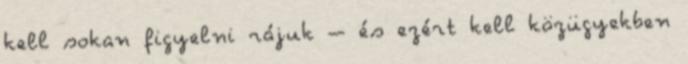
kell sokan figyelni rájuk – és ezért kell közügyekben